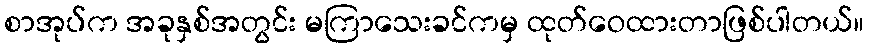
စာအုပ်က အခုနှစ်အတွင်း မကြာသေးခင်ကမှ ထုတ်ဝေထားတာဖြစ်ပါတယ်။